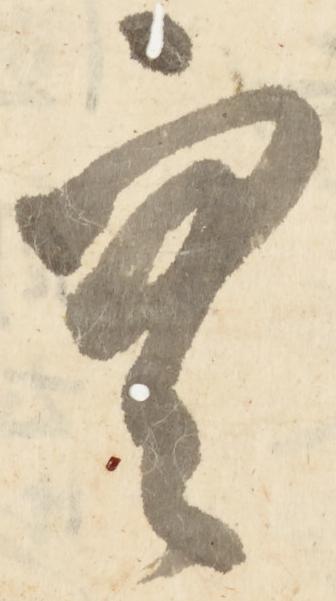
空